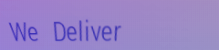
We Deliver